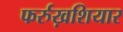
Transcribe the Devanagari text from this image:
फर्रुख़शियार